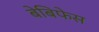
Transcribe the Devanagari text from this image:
बेबिफेस